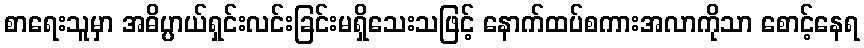
စာရေးသူမှာ အဓိပ္ပာယ်ရှင်းလင်းခြင်းမရှိသေးသဖြင့် နောက်ထပ်စကားအလာကိုသာ စောင့်နေရ